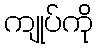
ကျုပ်ကို